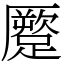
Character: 蹷